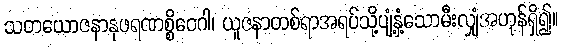
သတယောဇနာနုဖရဏစ္စိဝေဂါ၊ ယူဇနာတစ်ရာအရပ်သို့ပျံ့နှံ့သောမီးလျှံအဟုန်ရှိ၍။